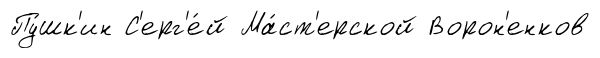
Пу́шк'ин С'ерг'е́й Ма́ст'ерской Ворон'енков